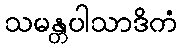
သမန္တပါသာဒိကံ